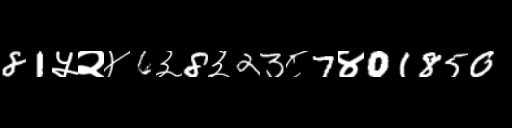
Text: 81५२४6३8३23८7४01850